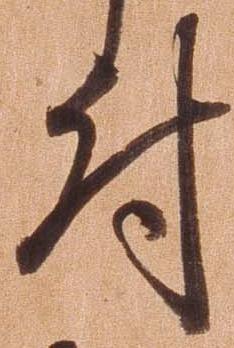
付